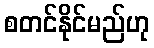
စတင်နိုင်မည်ဟု